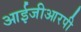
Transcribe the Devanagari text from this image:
आईजीआरपी